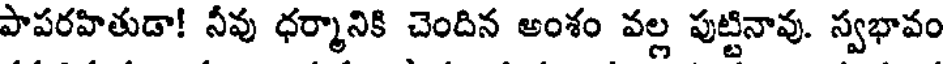
పాపరహితుడా! నీవు ధర్మానికి చెందిన అంశం వల్ల పుట్టినావు. స్వభావం